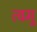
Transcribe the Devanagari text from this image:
त्वमु